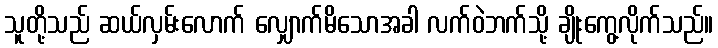
သူတို့သည် ဆယ်လှမ်းလောက် လျှောက်မိသောအခါ လက်ဝဲဘက်သို့ ချိုးကွေ့လိုက်သည်။